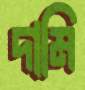
দামি